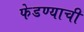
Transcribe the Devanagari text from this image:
फेडण्याची